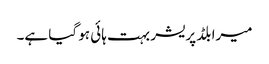
میرا بلڈ پریشر بہت ہائی ہو گیا ہے۔